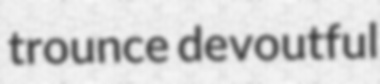
trounce devoutful